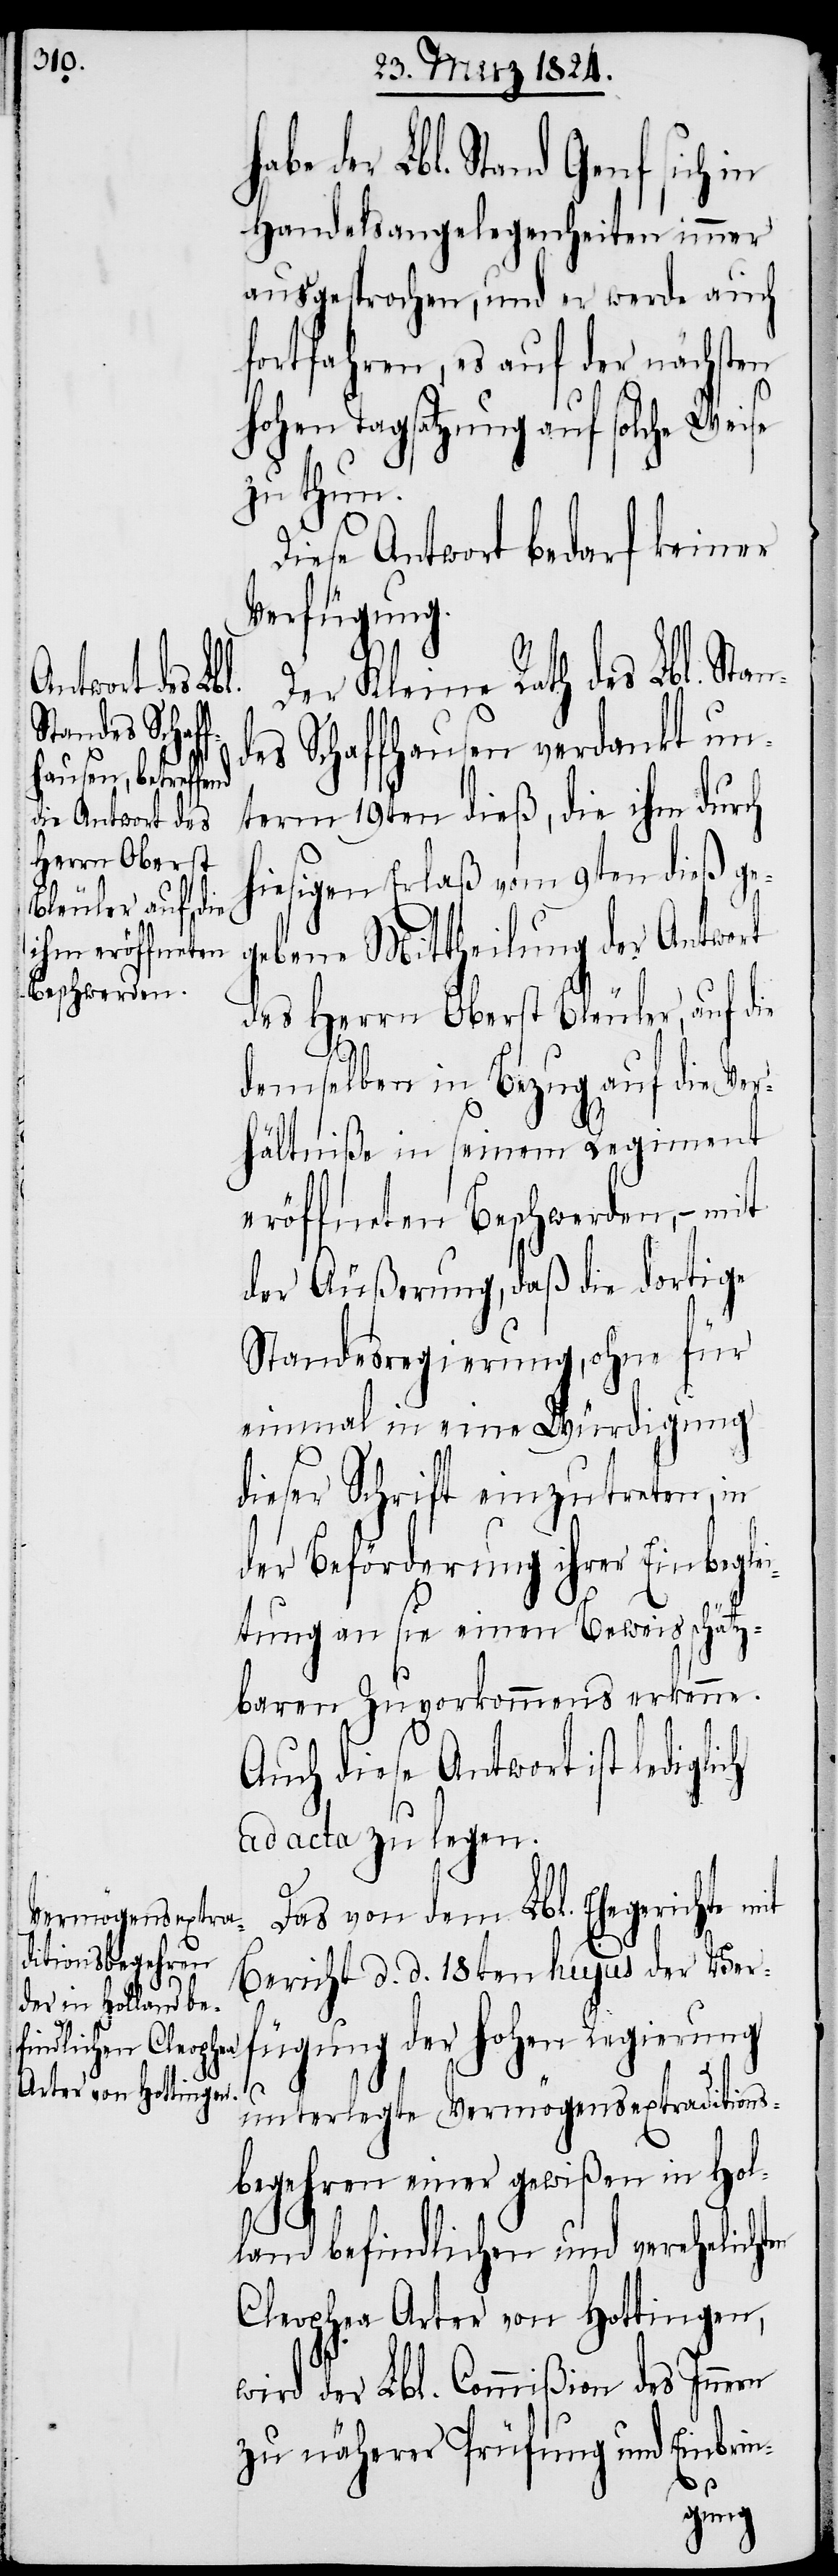
der Lbl. Stand Genf sich in
Handelsangelegenheiten immer
ausgesprochen, und er werde auch
fortfahren, es auf der nächsten
hohen Tagsatzung auf solche Weise
zu thun.
Diese Antwort bedarf keiner
Verfügung.
Der Kleine Rath des Lbl. Stan¬
des Schaffhausen verdankt un¬
term 19ten dieß, die ihm durch
hiesigen Erlaß vom 9ten dieß ge¬
gebene Mittheilung der Antwort
des Herrn Oberst Bleuler, auf die
demselben in Bezug auf die Ver¬
hältniße in seinem Regiment
eröffneten Beschwerden, – mit
der Äußerung , daß die dortige
Standesregierung, ohne für
einmal in eine Würdigung
dieser Schrift einzutreten, in
der Beförderung ihrer Einbegle¬
itung an sie einen Beweis schätz¬
baren Zuvorkommens erkenne.
Auch diese Antwort ist ledigli¬
ad acta zu legen.
Das von dem Lbl. Ehegerichte
Bericht d. d. 18ten hujus der Ver¬
fügung der hohen Regierung
unterlegte Vermögensextraditions¬
begehren einer gewißen in Hol¬
ch
land befindlichen und verehelichten
Chleophea Arter von Hottingen,
wird der Lbl. Commißion des Innern
zu näherer Prüfung und Einbrin-